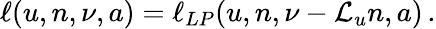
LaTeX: \begin{array}{r}{\ell(u,n,\nu,a)=\ell_{LP}(u,n,\nu-\mathcal{L}_{u}n,a)\, .}\end{array}